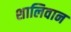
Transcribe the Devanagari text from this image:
शालिवान